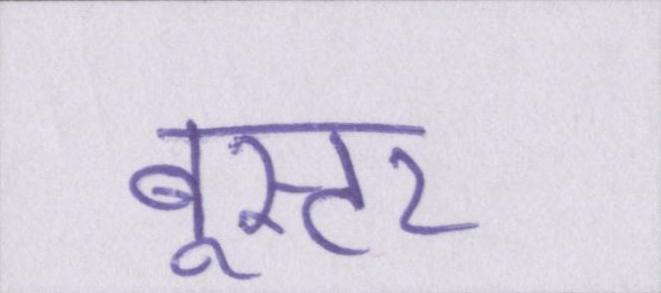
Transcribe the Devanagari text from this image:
बूस्टर